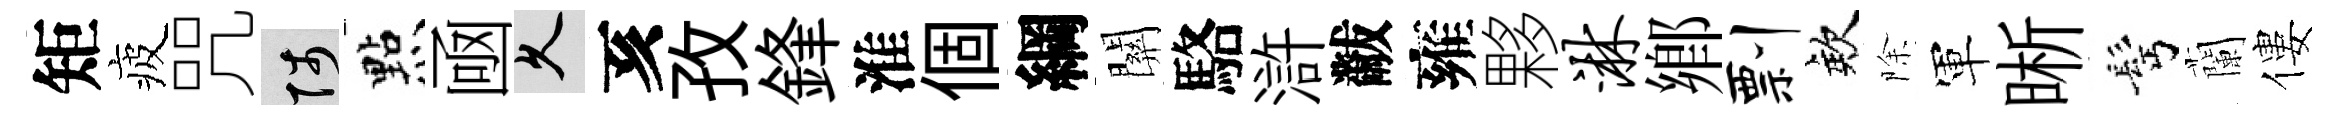
矩疲咒陟㸃凾久亥孜鋒淮個綱關駱滸黻雍夥淋鄉剽欸除軍晰髩蘭僂